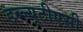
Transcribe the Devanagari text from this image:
डब्ल्यूटीएसी